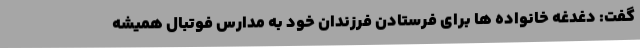
گفت: دغدغه خانواده ها برای فرستادن فرزندان خود به مدارس فوتبال همیشه